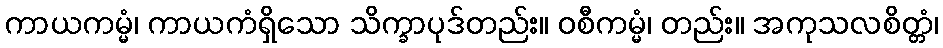
ကာယကမ္မံ၊ ကာယကံရှိသော သိက္ခာပုဒ်တည်း။ ဝစီကမ္မံ၊ တည်း။ အကုသလစိတ္တံ၊